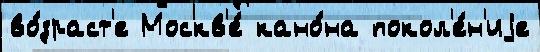
во́зраст'е Москв'е́ кано́на покол'е́н'иjе